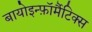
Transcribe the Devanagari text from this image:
बायोइन्फ़ॉर्मैटिक्स